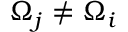
\Omega _ { j } \ne \Omega _ { i }